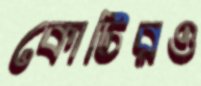
কোটিরও